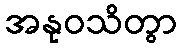
အနုဝသိတွာ